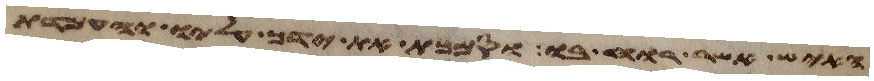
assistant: האיש אשר רוחו בו וסמכת את ידך עליו והעמדת